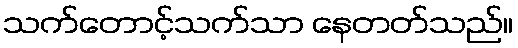
သက်တောင့်သက်သာ နေတတ်သည်။